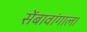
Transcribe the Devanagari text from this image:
सेंबावांगाला